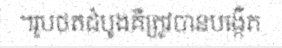
។រូបថតដំបូងគឺត្រូវបានបង្កើ់ត